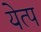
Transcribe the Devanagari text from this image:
येत्प